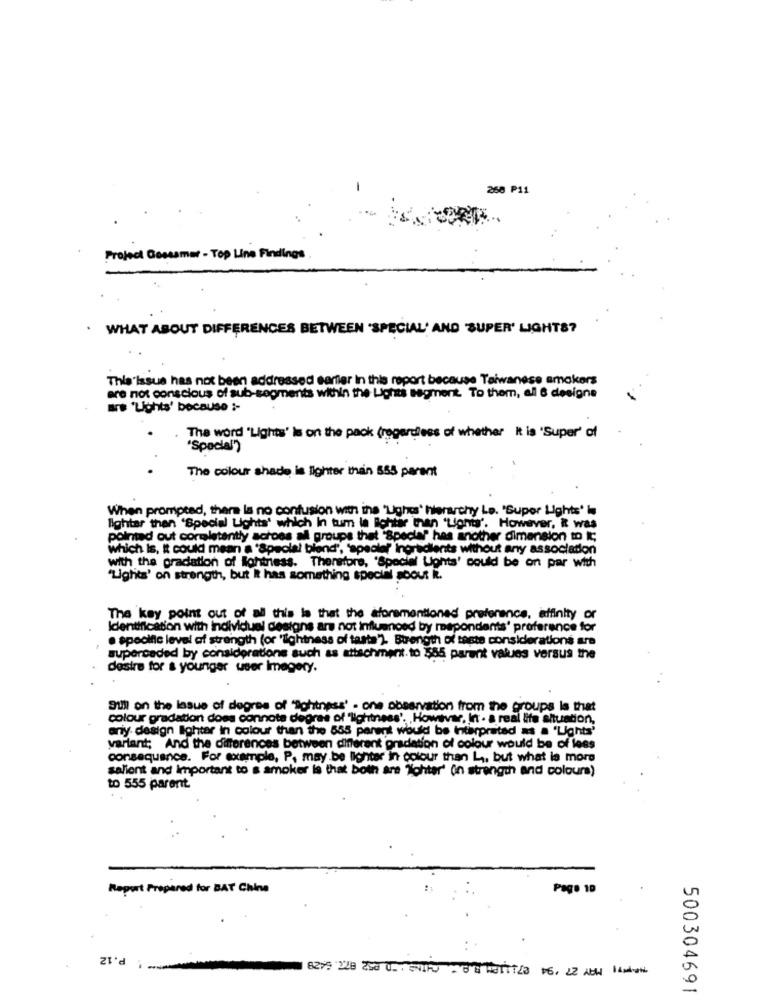
260 P11
Project Gossamer - Top Line Findings
WHAT ABOUT DIFFERENCES BETWEEN "SPECIAL' AND SUPER' LIGHTS?
This issue has not been addressed earlier In this report because Taiwanese smokers
are not conscious of sub-segments within the Lights segment. To them, all & designe
BE 'Lights' because ;-
The word "Lights' Is on the pack (regardless of whether It is 'Super' of
"Special")
The colour shade is lighter than 555 parent
When prompted, there la no confusion with ina "Ughes' hierarchy Le. "Super Lighte' is
lighter then "Special Lights' which In tum la lichtir than 'Lightr'. However, it was
pointed out cormletantly across all groups that "Special" hes another dimension to It;
which Is, it could mean a 'Special blend', 'apsoler Ingredients without any association
with the gradation of lightness. Therefore, "Special Ughts' could be on par with
"Lights' on strength, but it has something special soout R.
The key point out of all this is that the aforementioned preference, affinity or
Identification with individual designs ars not influenced by respondents' preference for
. specific level of strength (or "Tightness of taste"). Buength of taste considerations are
superceded by considerations such as attachment. to 555 parent vales versus the
desire for & younger user Imagery.
Sul on the lasue of degres of ""ohtness' - one observation from the groups Is that
colour gradation does connote degras of "lightness', , Howtvar, In . a real life situation,
ariy design lighter in colour than the 555 parent would be interpreted as a 'Lights'
variant; And the differences between different gradation of colour would be of less
consequence. For example, P. may be lighter in colour than L ,, but what la more
salient and important to s amoker is that both are "ohter' (n strength and colours)
to 555 parent.
Report Prepared for BAT China
625 228 250 0. 001/0 208 011/3 16, 22 AB
500304691